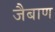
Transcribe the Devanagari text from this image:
जैबाण